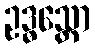
ဥဒ္ဓသ္တော